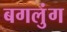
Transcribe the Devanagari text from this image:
बगलुंग